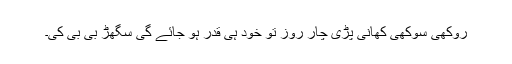
روکھی سوکھی کھانی پڑی چار روز تو خود ہی قدر ہو جائے گی سگھڑ بی بی کی۔